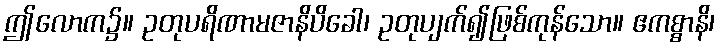
ဤလောက၌။ ဥတုပရိဏာမဇာနိပိခေါ၊ ဥတုပျက်၍ဖြစ်ကုန်သော။ ဧကစ္စာနိ၊